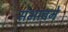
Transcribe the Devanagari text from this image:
संभावने